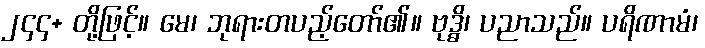
၂၄၄+ တို့ဖြင့်။ မေ၊ ဘုရားတပည့်တော်၏။ ဗုဒ္ဓိ၊ ပညာသည်။ ပရိဏာမံ၊